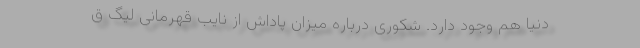
دنیا هم وجود دارد. شکوری درباره میزان پاداش از نایب قهرمانی لیگ ق